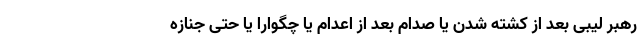
رهبر لیبی بعد از کشته شدن یا صدام بعد از اعدام یا چگوارا یا حتی جنازه